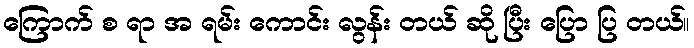
ကြောက် စ ရာ အ ရမ်း ကောင်း လွန်း တယ် ဆို ပြီး ပြော ပြ တယ်။